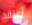
أعتقد